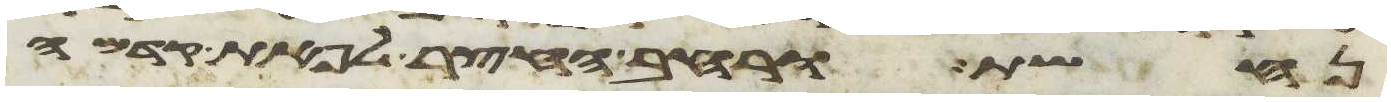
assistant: נחשת ורחב החצר לפאת קדמה